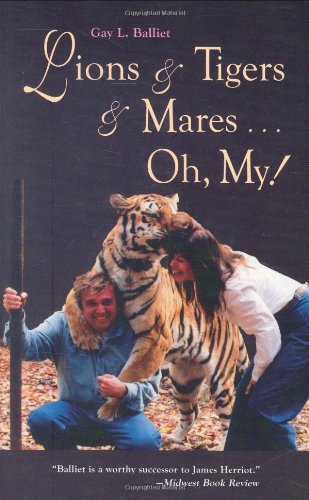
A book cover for Lions & Tigers & Mares... Oh My!; Gay Louise Balliet; Gay & Lesbian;